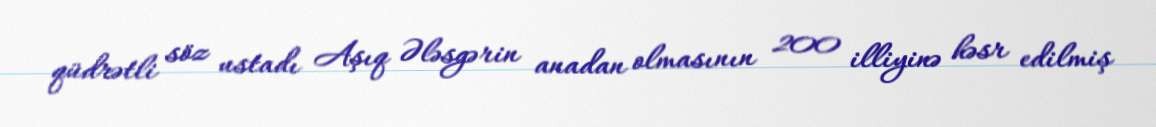
qüdrətli söz ustadı Aşıq Ələsgərin anadan olmasının 200 illiyinə həsr edilmiş